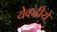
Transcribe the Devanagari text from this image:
येव्हढीये